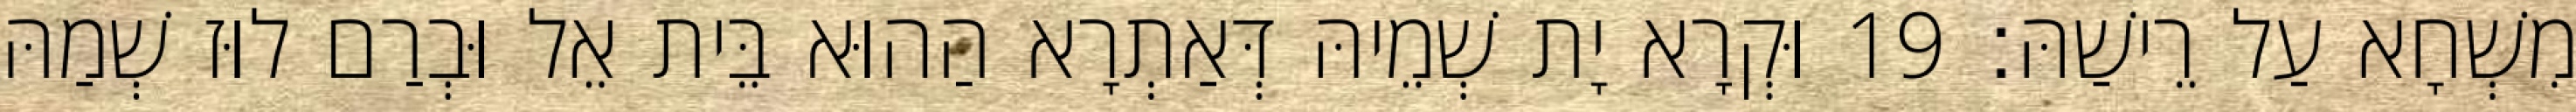
מִשְׁחָא עַל רֵישַׁהּ׃ 19 וּקְרָא יָת שְׁמֵיהּ דְּאַתְרָא הַהוּא בֵּית אֵל וּבְרַם לוּז שְׁמַהּ